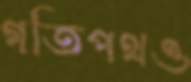
গতিপথও